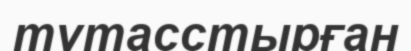
тұтасстырған